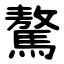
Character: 驁